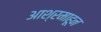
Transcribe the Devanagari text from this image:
आश्रमाहून